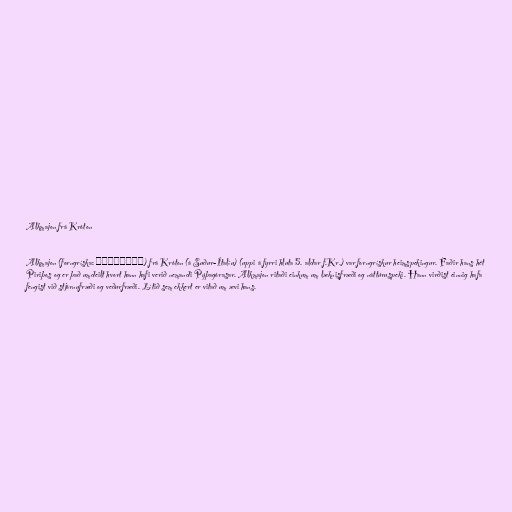
Alkmajon frá Króton

Alkmajon (forngríska: Ἀλκμαίων) frá Króton (á Suður-Ítalíu) (uppi á fyrri hluta 5. aldar f.Kr.) var forngrískur heimspekingur. Faðir hans hét
Piriþos og er það umdeilt hvort hann hafi verið nemandi Pýþagórasar. Alkmajon ritaði einkum um læknisfræði og náttúruspeki. Hann virðist einnig hafa
fengist við stjórnufræði og veðurfræði. Lítið sem ekkert er vitað um ævi hans.